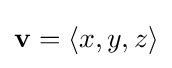
\mathbf {v} =\langle x,y,z\rangle